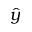
\hat { y }